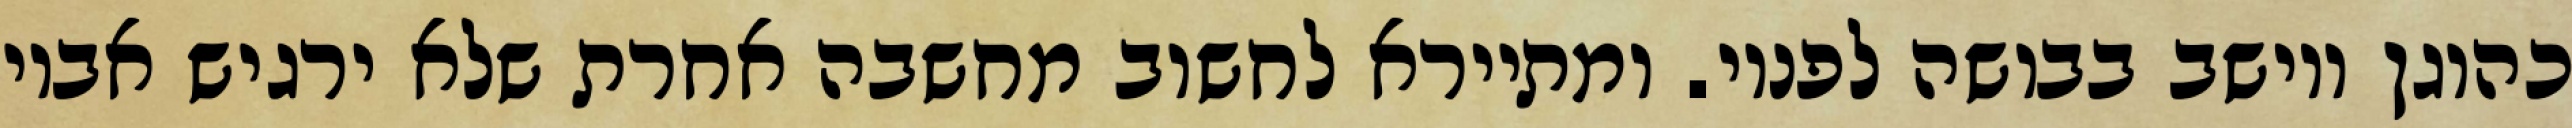
כהוגן ויושב בבושה לפניו. ומתיירא לחשוב מחשבה אחרת שלא ירגיש אביו